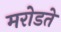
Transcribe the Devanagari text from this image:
मरोडते